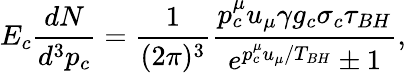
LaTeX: E_{c}{\frac{dN}{d^{3}p_{c}}}={\frac{1}{(2\pi)^{3}}}{\frac{p_{c}^{\mu}u_{\mu}\gamma g_{c}\sigma_{c}\tau_{BH}}{e^{p_{c}^{\mu}u_{\mu}/T_{BH}}\pm 1}},